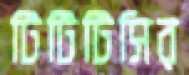
টিটিটিসির